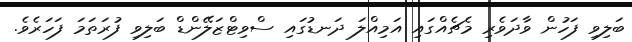
ބަލިވި ފަހުން ވާދަވެރި މެޗެއްގައި އަމިއްލަ ދަނޑުގައި ސްވިޓްޒަލޭންޑް ބަލިވި ފުރަތަމަ ފަހަރެވެ.